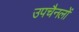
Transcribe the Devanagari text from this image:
उपचैनलों